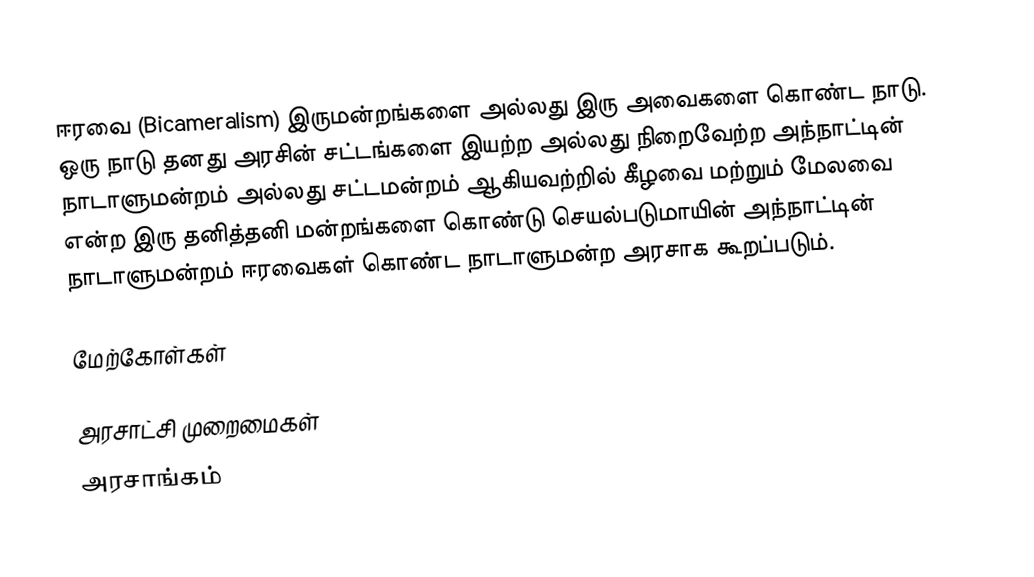
ஈரவை (Bicameralism) இருமன்றங்களை அல்லது இரு அவைகளை கொண்ட நாடு. ஒரு நாடு தனது அரசின் சட்டங்களை இயற்ற அல்லது நிறைவேற்ற அந்நாட்டின் நாடாளுமன்றம் அல்லது சட்டமன்றம் ஆகியவற்றில் கீழவை மற்றும் மேலவை என்ற இரு தனித்தனி மன்றங்களை கொண்டு செயல்படுமாயின் அந்நாட்டின் நாடாளுமன்றம் ஈரவைகள் கொண்ட நாடாளுமன்ற அரசாக கூறப்படும்.

மேற்கோள்கள்

அரசாட்சி முறைமைகள்
அரசாங்கம்